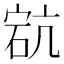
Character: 𥒳